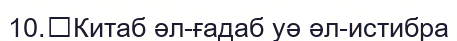
10.	Китаб әл-ғадаб уә әл-истибра